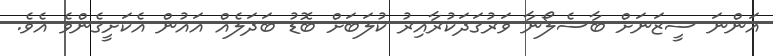
އަންނަ ސީޒަނަށް ބާސެލޯނާ ވަރުގަދަކުރާއިރު ކުލަބަށް ބޮޑު ބަދަލެއް އައުން އެކަށީގެންވެ އެވެ.